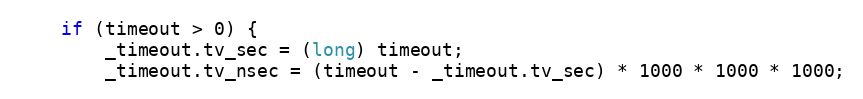
Language: C++
    if (timeout > 0) {
        _timeout.tv_sec = (long) timeout;
        _timeout.tv_nsec = (timeout - _timeout.tv_sec) * 1000 * 1000 * 1000;